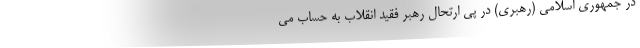
در جمهوری اسلامی (رهبری) در پی ارتحال رهبر فقید انقلاب به حساب می